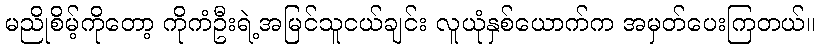
မညိုစိမ့်ကိုတော့ ကိုကံဦးရဲ့အမြင်သူငယ်ချင်း လူယုံနှစ်ယောက်က အမှတ်ပေးကြတယ်။